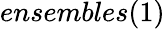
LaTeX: ensembles(1)